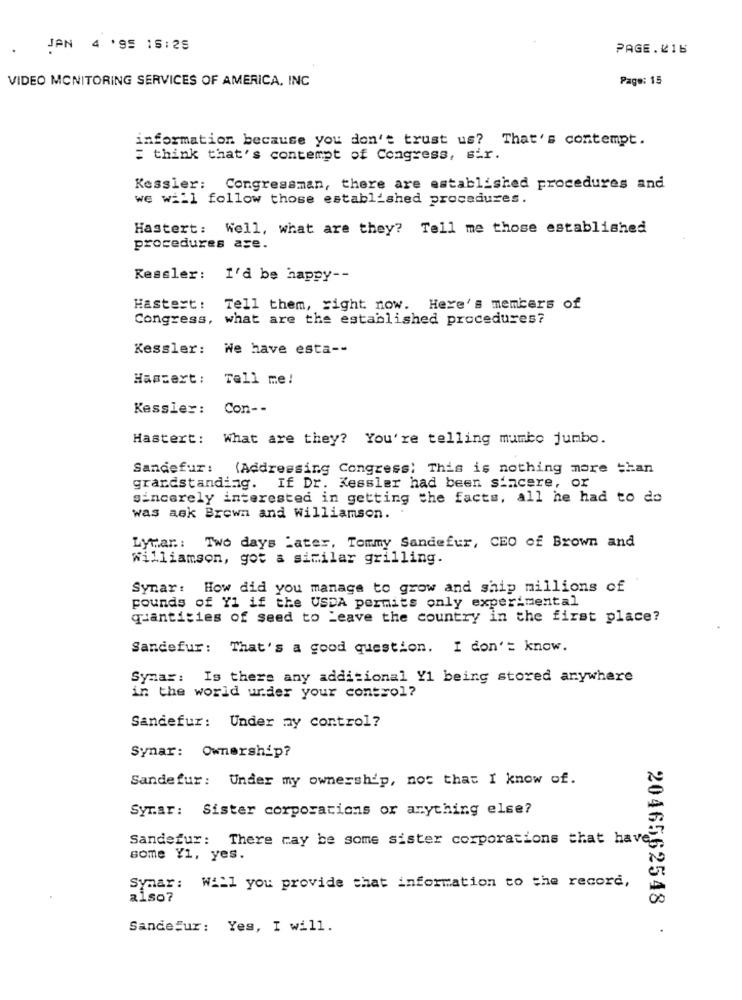
JAN 4 '95 16:25
PAGE.016
VIDEO MONITORING SERVICES OF AMERICA, INC
Page: 15
information because you don't trust us? That's contempt.
think that's contempt of Congress, sir.
Kessler:
Congressman, there are established procedures and
we will follow those established procedures.
Hastert:
Well, what are they? Tell me those established
procedures ase.
Kessler: I'd be happy --
Hastest :
Tell them, right now. Here's members of
Congress, what are the established procedures?
Kessler: We have esta --
Haszert: Tell me!
Kessler: Con --
Hastert: What are they? You're telling mumbo jumbo.
Sandefur:
(Addressing Congress) This is nothing more than
grardstanding. If Dr. Kessler had been siacere, or
sincerely interested in getting the facts, all he had to do
was ask Brown and Williamson.
Lytar .: Two days Later, Tommy Sandefur, CEO of Brown and
Williamson, got a similar grilling.
Synar: How did you manage to grow and ship millions of
pounds of Y1 if the USDA permits only experimental
quantities of seed to Leave the country in the first place?
Sandefur: That's a good question. I don't know.
Symar: Is there any additional Y1 being stored anywhere
in the world under your control?
Sandefur: Under my control?
Synar: Ownership?
Sandefur: Under my ownership, nos that I know of.
Syrar: Sister corporations or anything else?
Sandefur: There may be some sister corporations that have
some Y1, yes.
Symar: Will you provide that information to the record,
also?
SandeSur: Yes, I will.
2046562548 .